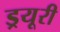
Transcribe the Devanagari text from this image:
ड्रयूरी